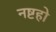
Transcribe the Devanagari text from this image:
नष्टहो